Leningradi_Edasi_toimetus, lk 88
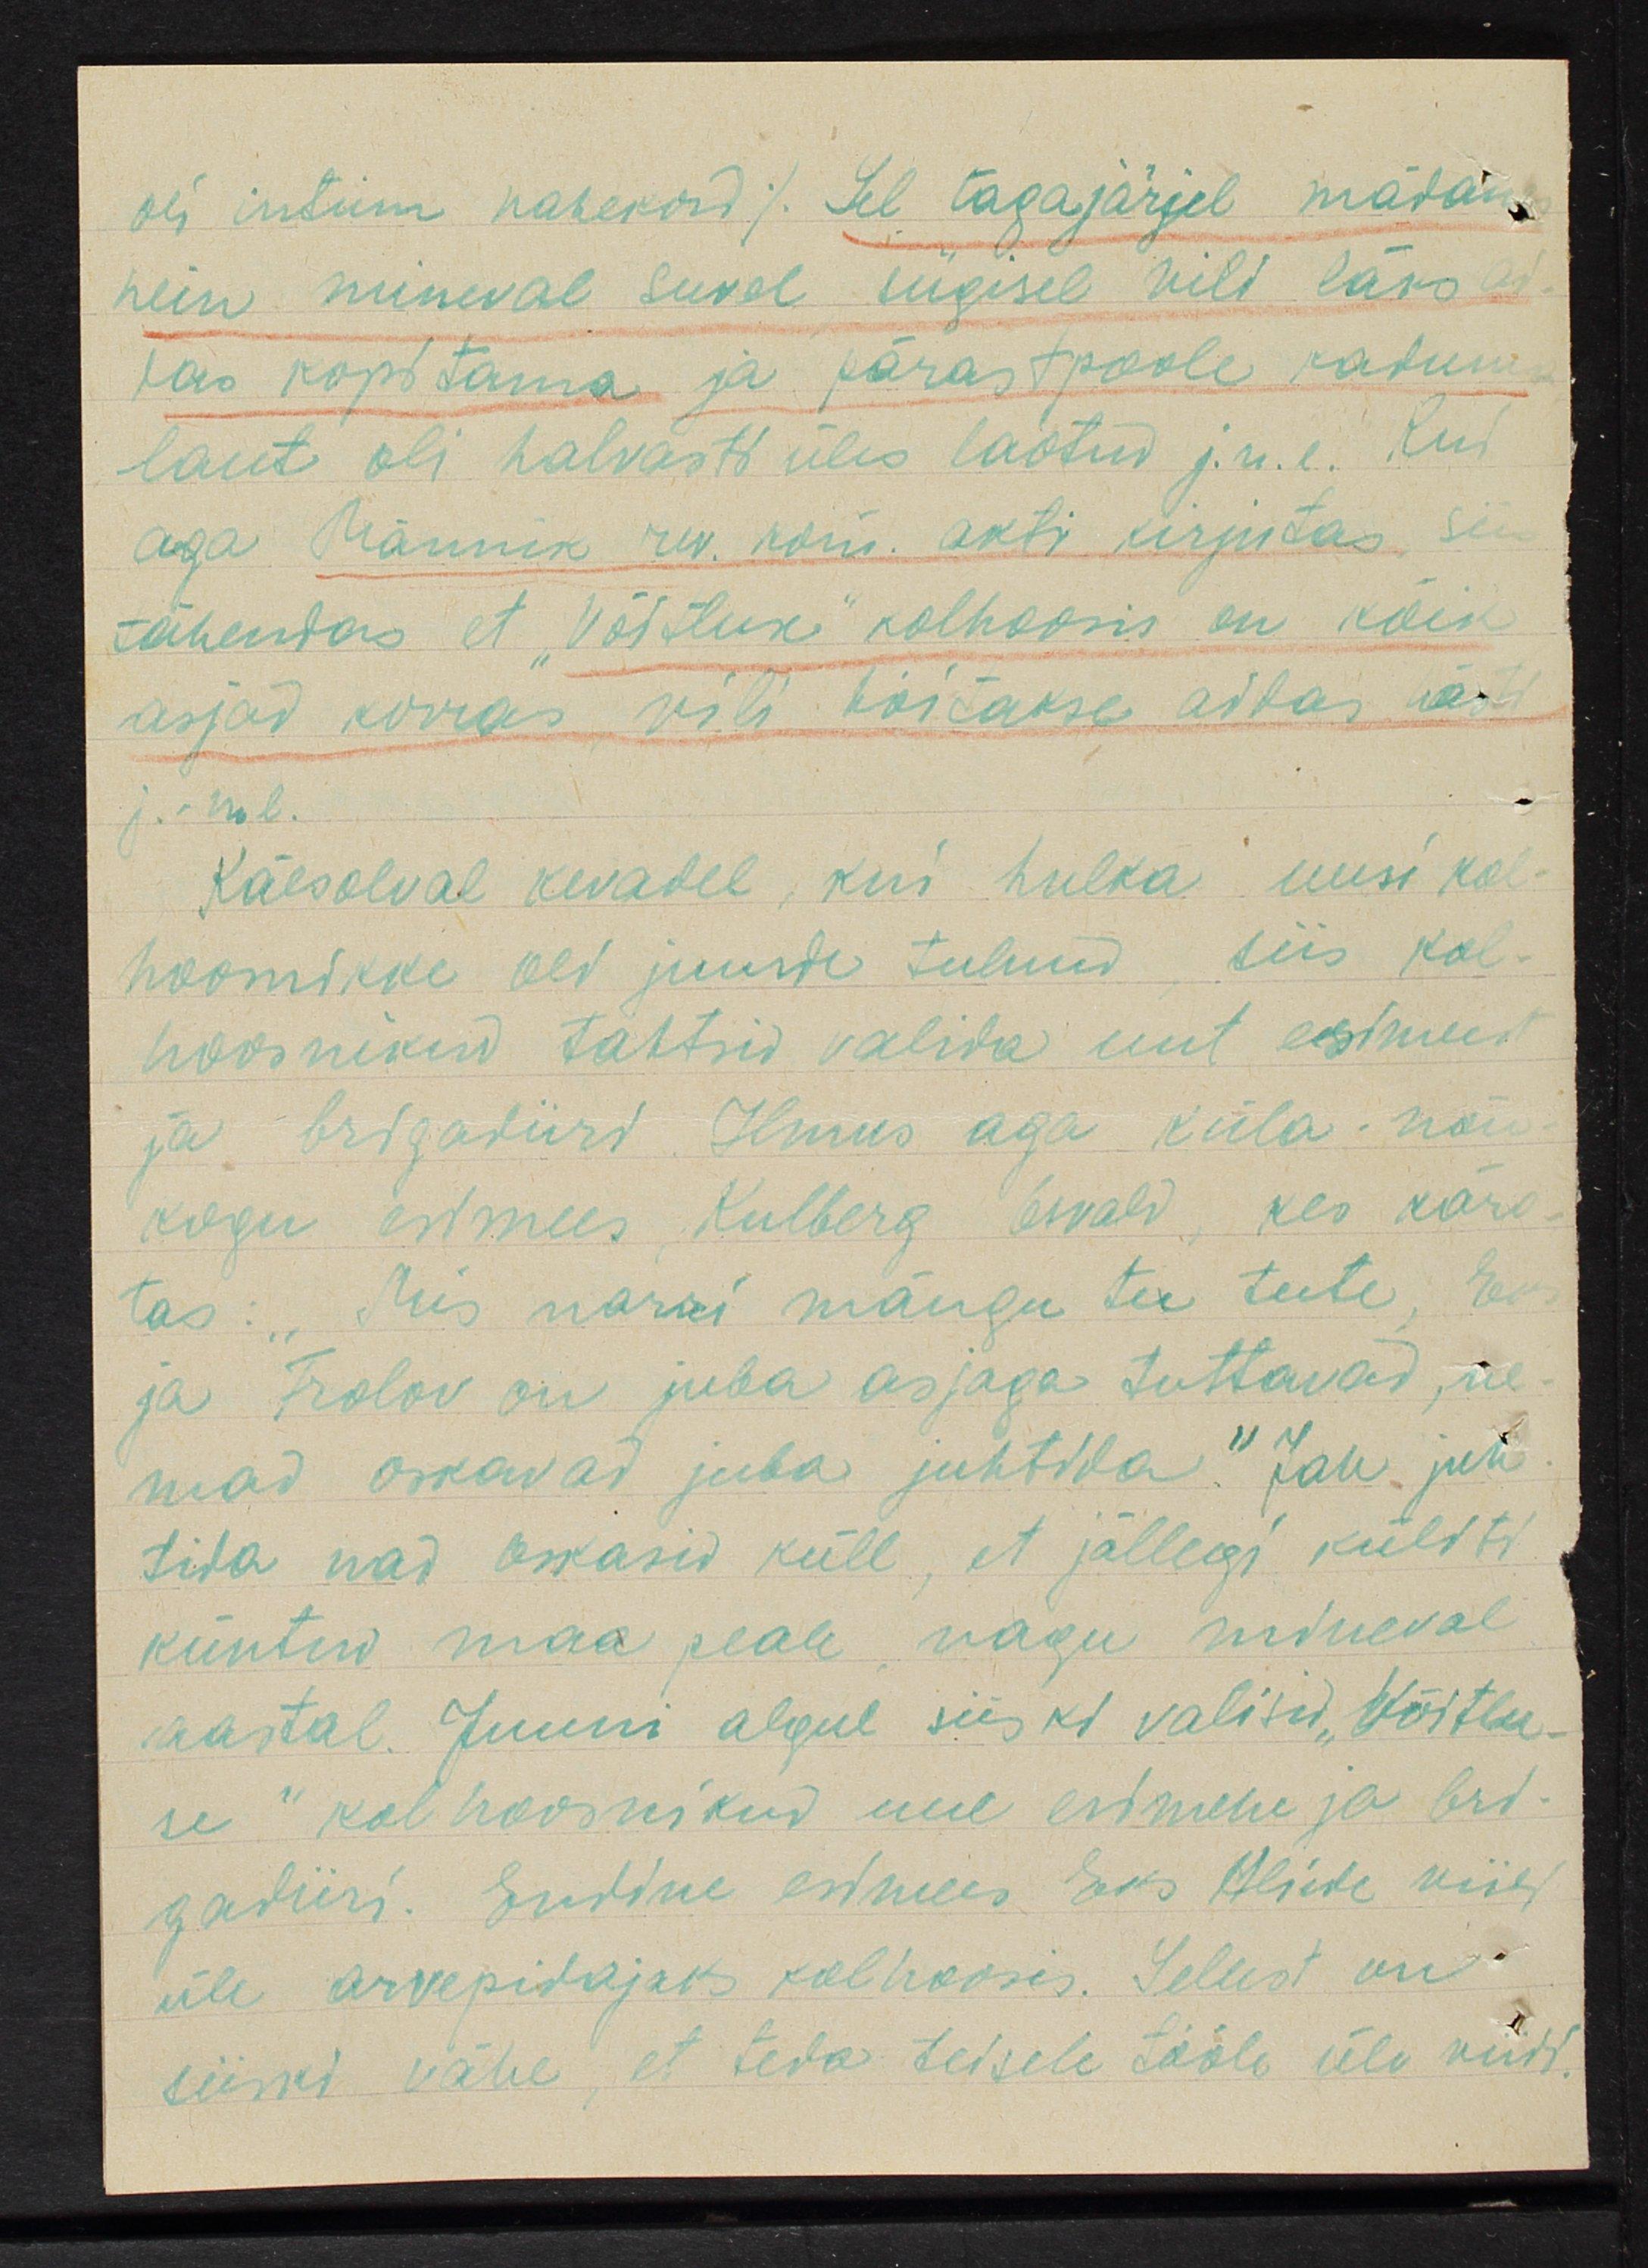
oli intiim vahekord /Sel tagajärjel mätan
hein mineval suvel sügisel vili läks
laos kopitama ja pärastpoole kadunud
laut oli halvasti üles laotud j.n.e. Kui
aga Männik rev. kom. akti kirjutas, siis
tähendas et "Võitluse" kolhoosis on kõik
asjad korras, vili hoitakse aitas ära
j. n. e.
Käesolval kevadel, kui hulka uusi kol-
hoonikke oli juurde tulnud siis kol-
hoosnikud tähtsid valida uut eesimeest
ja brigadiiri. Ilmus aga küla nõu-
kogu esimees Kulberg Ewald, kes kära-
tas: "Mis narri mängu tee teete, Evi
ja Frolov on juba asjaga tuttavad, ne-
mad oskavad juba juhtida." Jah juht
tida nad oskasid küll, et jällegi küliti
küntud maa peale nagu mineval
aastal. Juuni algul siiski valisid "Võitlu-
se" kolhoosnikud uue esimehe ja bri-
gadiiri. Endine esimees Eks Alide viidi
üle arvepidajaks kolhoosis. Sellest on
siiski vähe, et teda teisele tööle üle viidi